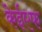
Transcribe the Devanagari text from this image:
केईएफ